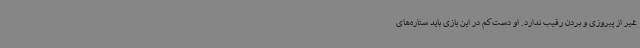
غیر از پیروزی و بردن رقیب ندارد. او دست‌کم در این بازی باید ستاره‌های